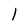
Character: l